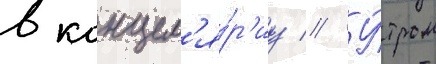
в канцел'я́р'иу // У́тром